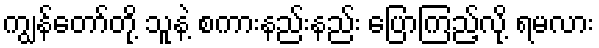
ကျွန်တော်တို့ သူနဲ့ စကားနည်းနည်း ပြောကြည့်လို့ ရမလား